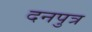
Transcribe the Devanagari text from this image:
दनपुत्र